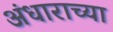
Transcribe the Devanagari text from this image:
अंधाराच्या